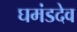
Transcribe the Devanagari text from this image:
घमंडदेव